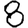
Digit: 8